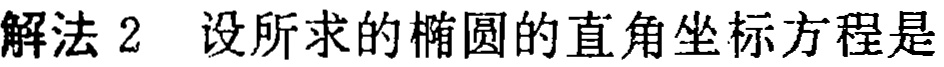
解法 2 设所求的椭圆的直角坐标方程是